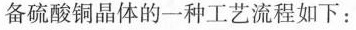
备硫酸铜晶体的一种工艺流程：